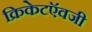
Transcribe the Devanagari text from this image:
क्रिकेटऍवजी